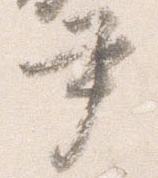
尹